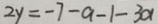
2 y = - 7 - a - 1 - 3 a